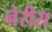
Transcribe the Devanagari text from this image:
नेरीस